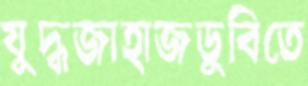
যুদ্ধজাহাজডুবিতে